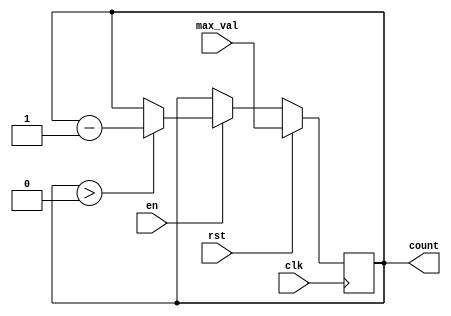
module down_counter (
    input wire clk,            // Clock signal
    input wire en,            // Enable signal
    input wire rst,           // Reset signal
    input wire [7:0] max_val, // Initial value (max_val)
    output reg [7:0] count    // Counter value
);

// Synchronous process for the down counter
always @(posedge clk) begin
    if (rst) begin
        // Reset condition: Set counter to max_val
        count <= max_val;
    end else if (en) begin
        // Counting mechanism: Decrement the counter if enabled
        if (count > 0) begin
            count <= count - 1;
        end
    end
    // If enable is low, retain the current count value
end

endmodule